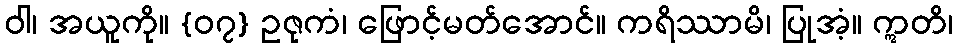
ဝါ၊ အယူကို။ {၀၇} ဥဇုကံ၊ ဖြောင့်မတ်အောင်။ ကရိဿာမိ၊ ပြုအံ့။ ဣတိ၊